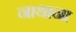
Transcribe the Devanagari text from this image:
नाथाना